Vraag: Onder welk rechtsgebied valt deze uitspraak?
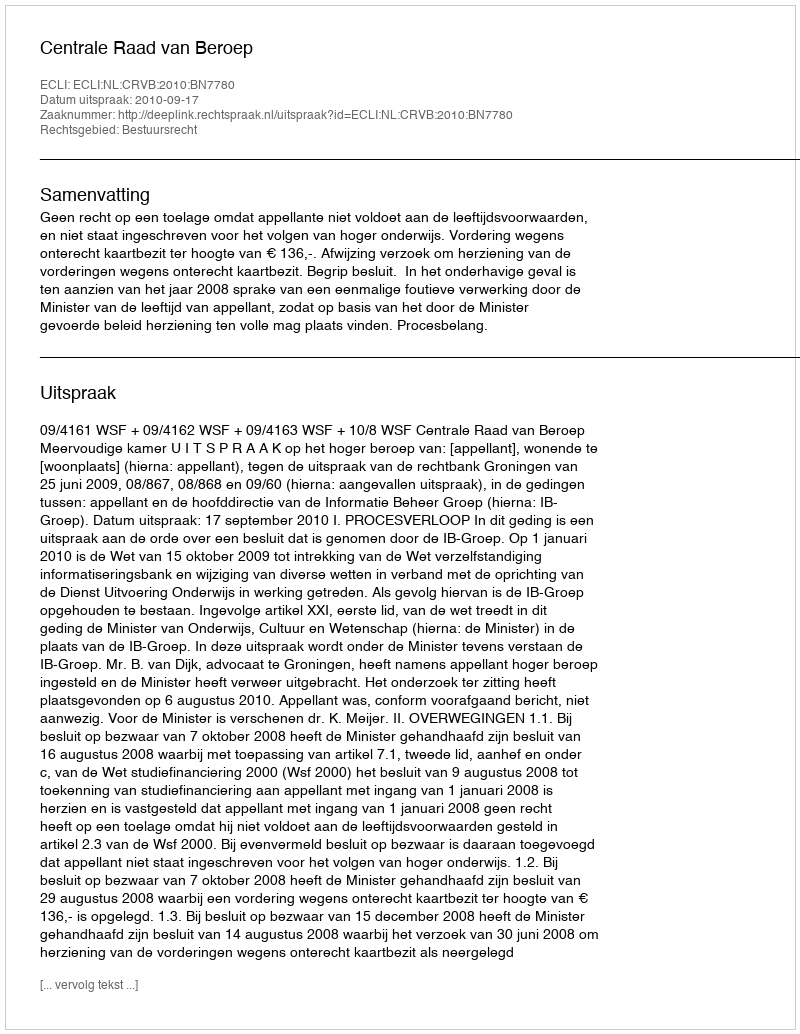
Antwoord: Bestuursrecht